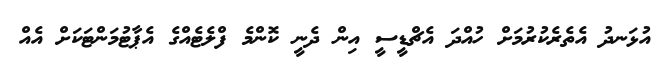
އުޅަނދު އެތެރެކުރުމަށް ހުއްދަ އެޗްޑީސީ އިން ދެނީ ކޮންމެ ފްލެޓެއްގެ އެޕާޓުމަންޓަކަށް އެއް